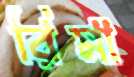
রিমা